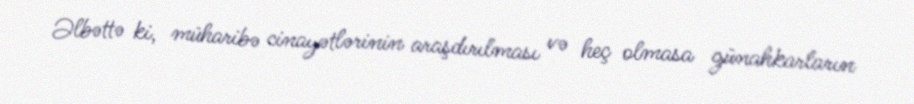
Əlbəttə ki, müharibə cinayətlərinin araşdırılması və heç olmasa günahkarların